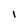
Character: I